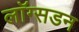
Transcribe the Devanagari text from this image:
लाॅग्सडन